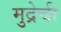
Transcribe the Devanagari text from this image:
मुद्रेची